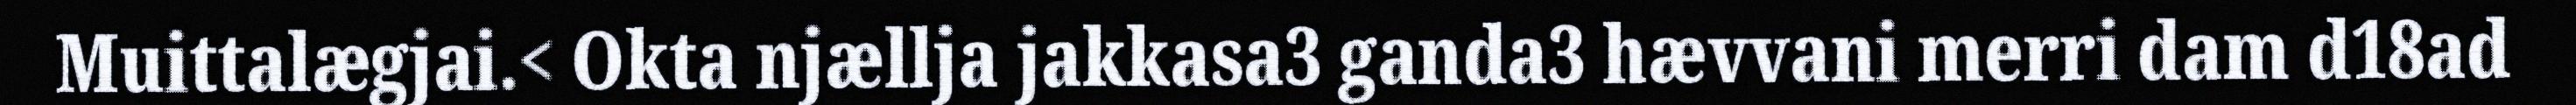
Muittalægjai.< Okta njællja jakkasa3 ganda3 hævvani merri dam d18ad